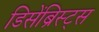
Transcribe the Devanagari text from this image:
डिसेंब्रिस्ट्स